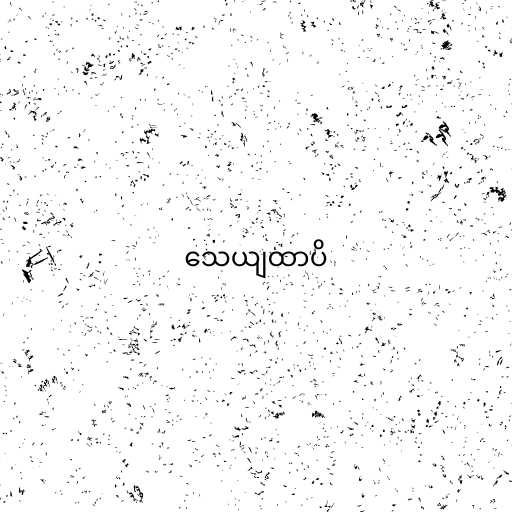
သေယျထာပိ